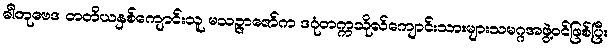
ဓါတုဗေဒ တတိယနှစ်ကျောင်းသူ မသဉ္ဇာဇော်က ဒဂုံတက္ကသိုလ်ကျောင်းသားများသမဂ္ဂအဖွဲ့ဝင်ဖြစ်ပြီး